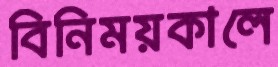
বিনিময়কালে